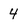
Character: 4